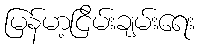
မြန်မာ့ငြိမ်းချမ်းရေး